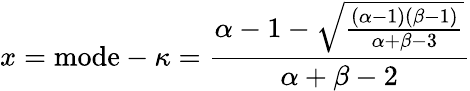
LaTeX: x={\mathrm{mode}}-\kappa={\frac{\alpha-1-{\sqrt{\frac{(\alpha-1)(\beta-1)}{\alpha+\beta-3}}}}{\alpha+\beta-2}}